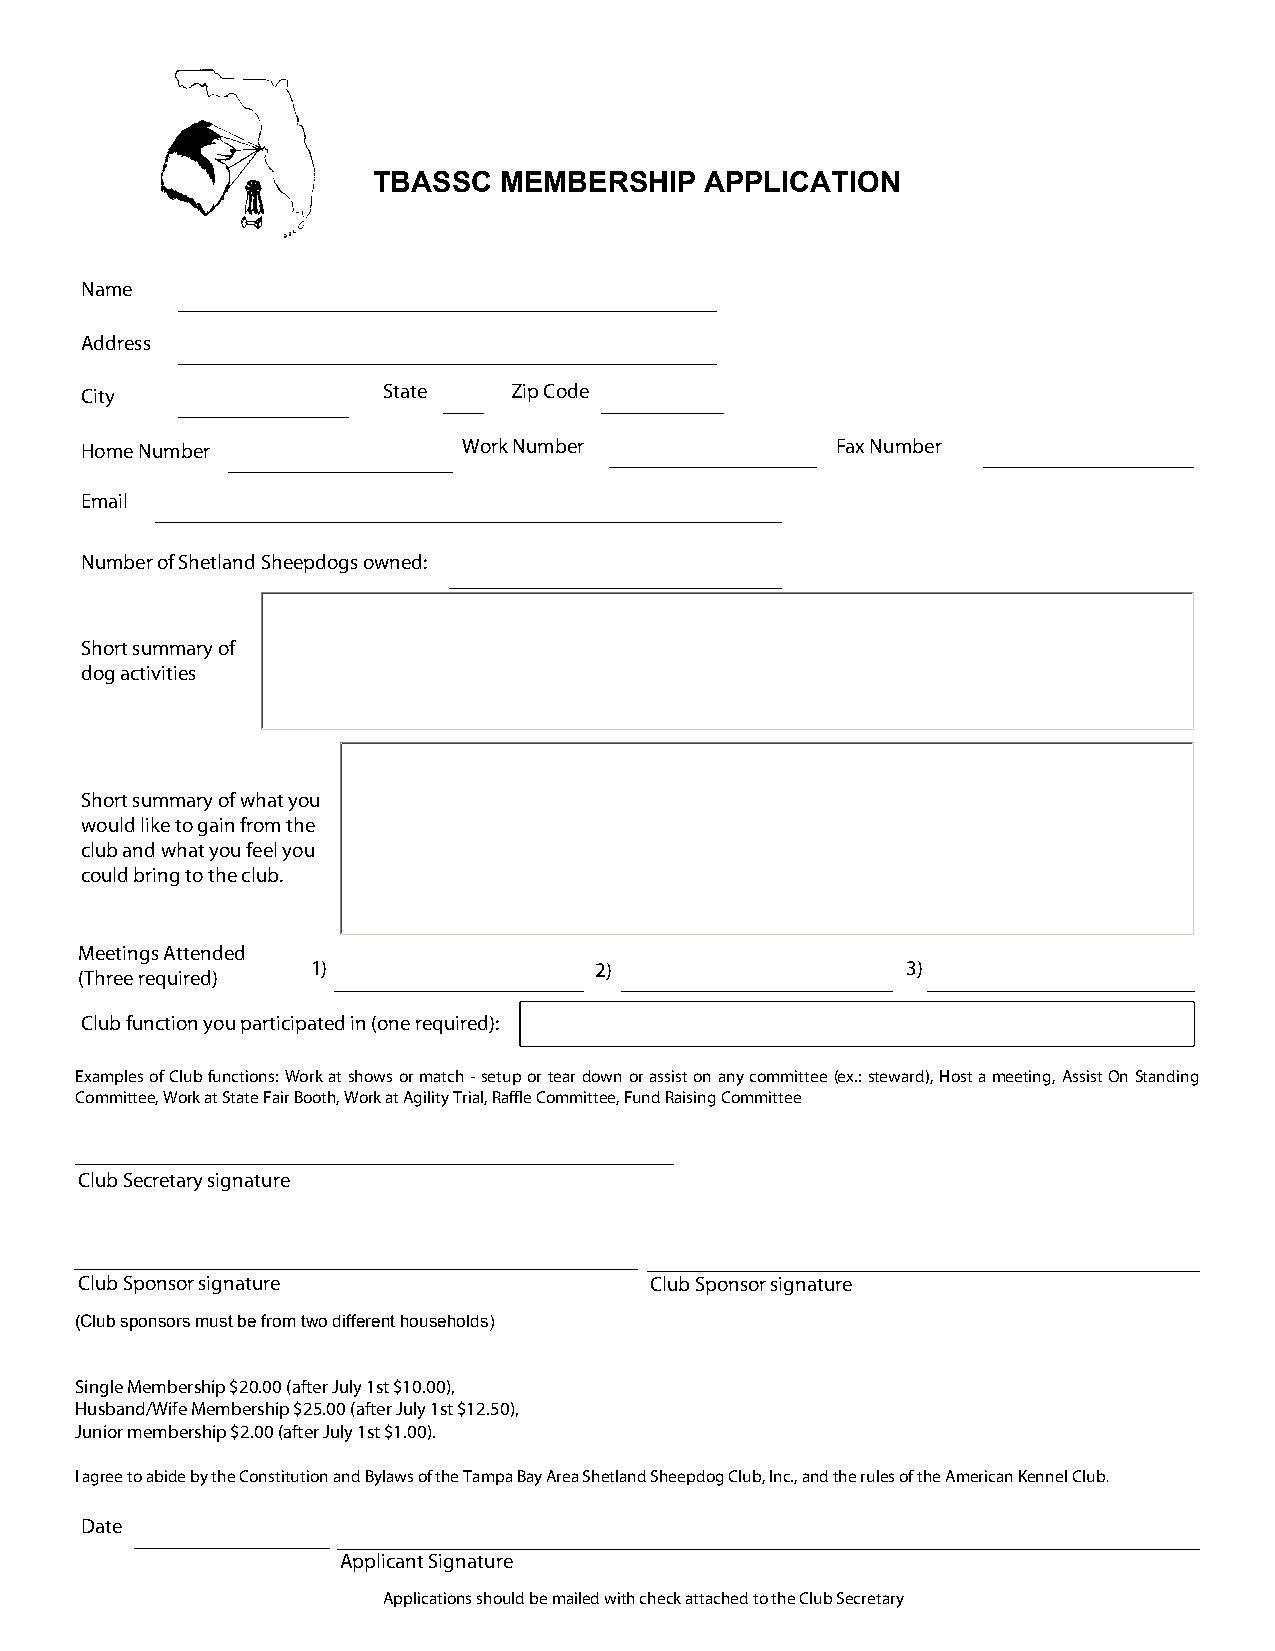
TBASSC  MEMBERSHIP    APPLICATION
 Name
 Address
 City                State    Zip Code
 Home Number               Work Number             Fax Number
 Email
 Number of Shetland Sheepdogs owned:
 Short summary of
 dog activities
 Short summary of what you
 would like to gain from the
 club and what you feel you
 could bring to the club.
 Meetings Attended
 1)                2)                   3)
 (Three required)
 Club function you participated in (one required):
 Examples of Club functions: Work at shows or match - setup or tear down or assist on any committee (ex.: steward), Host a meeting, Assist On Standing
 Committee, Work at State Fair Booth, Work at Agility Trial, Raffle Committee, Fund Raising Committee
 Club Secretary signature
 Club Sponsor signature                Club Sponsor signature
 (Club sponsors must be from two different households)
 Single Membership $20.00 (after July 1st $10.00),
 Husband/Wife Membership $25.00 (after July 1st $12.50),
 Junior membership $2.00 (after July 1st $1.00).
 I agree to abide by the Constitution and Bylaws of the Tampa Bay Area Shetland Sheepdog Club, Inc., and the rules of the American Kennel Club.
 Date
 Applicant Signature
 Applications should be mailed with check attached to the Club Secretary